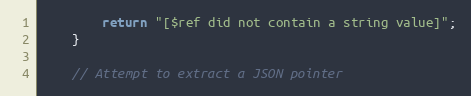
Language: C++
        return "[$ref did not contain a string value]";
    }

    // Attempt to extract a JSON pointer